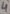
Text: 4